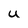
Character: u